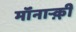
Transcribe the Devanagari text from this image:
मॉंनाऱ्क़़ी